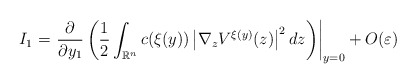
\begin{align*}I_{1}=\left. \frac{\partial}{\partial y_{1}}\left( \frac{1}{2}\int_{\mathbb{R}^{n}}c(\xi(y))\left\vert \nabla_{z}V^{\xi(y)}(z)\right\vert^{2}dz\right) \right\vert _{y=0}+O(\varepsilon)\end{align*}